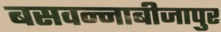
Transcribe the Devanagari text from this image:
बसवन्नाबीजापुर